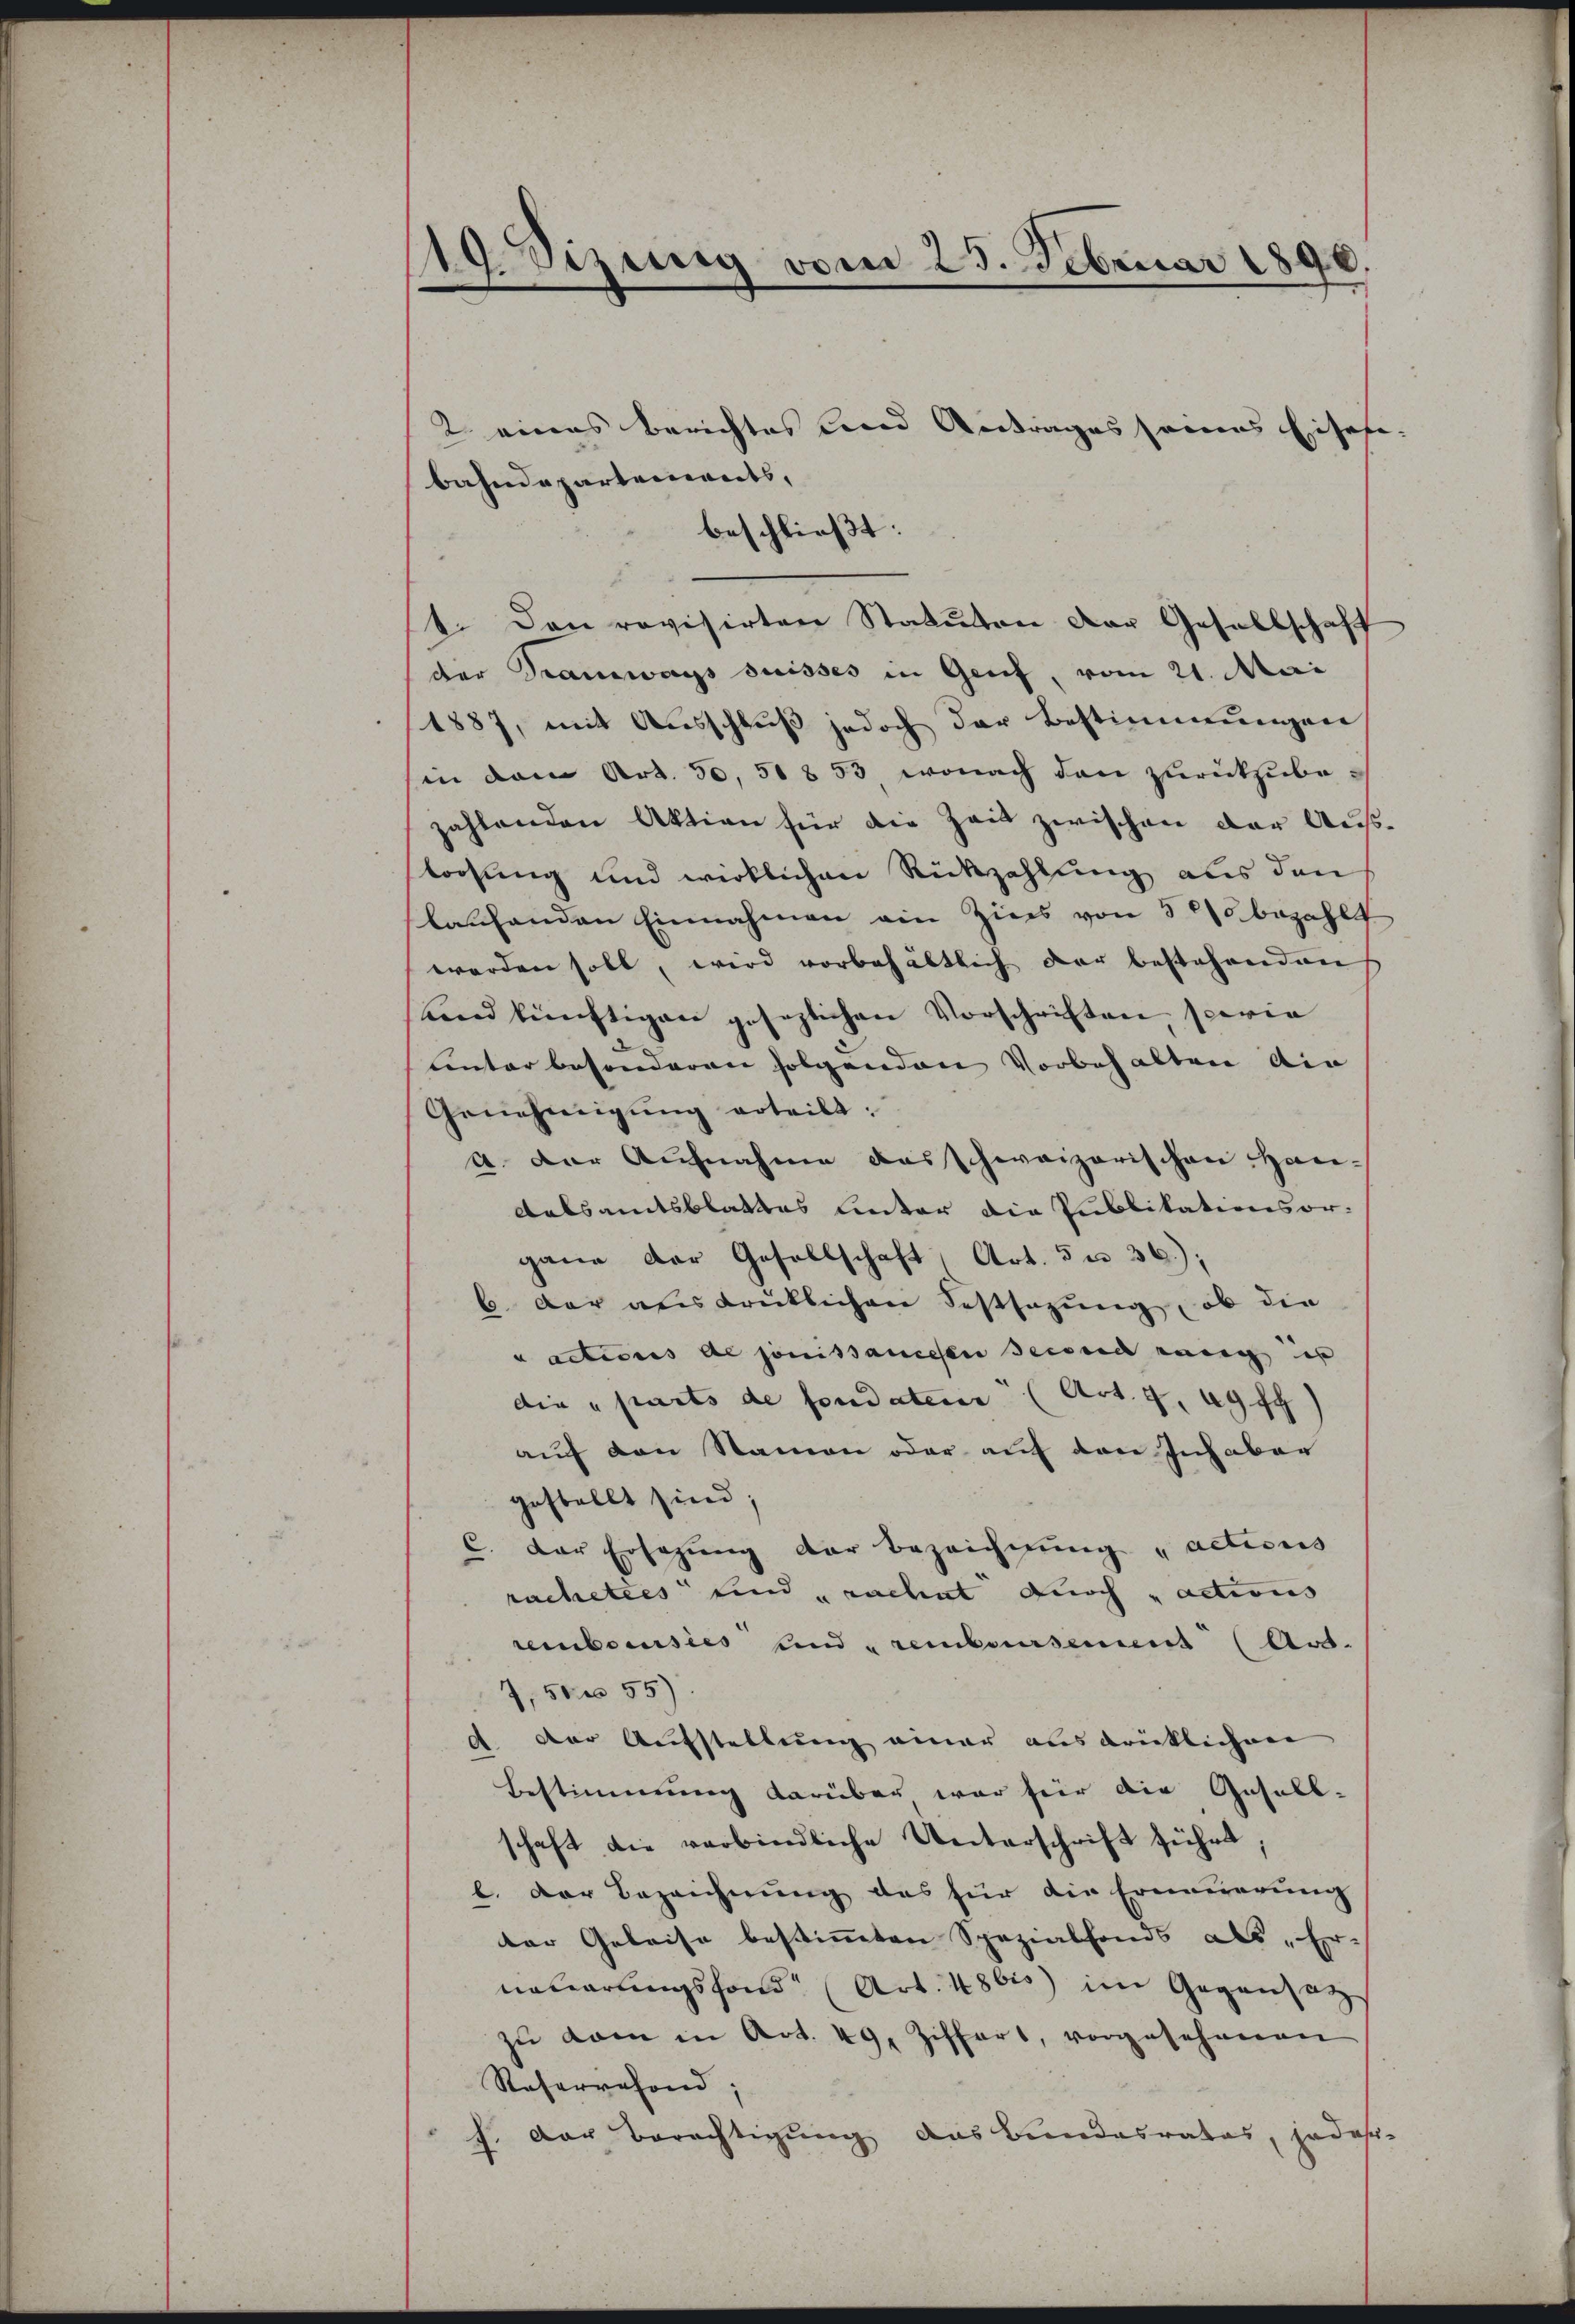
19. Sizung vom 25. Februar 1890.

2 eines Berichtes und Antrages seines Eisesi-
bahndepartements,
beschließt:
4. Den revisirten Statuten der Gesellschaft
der Tramways suisses in Genf, vom 21. Mai
1887, mit Ausschluß jedoch der Bestimmungen
in dem Art. 50, 518 53 wonach den zurückzube-
zahlenden Aktion für die Zeit zwischen der Ausloosung und wirklichen Rückzahlung aus den
laschenden Einnahmen ein Zins von 320 bezahlt
worden soll, wird vorbehältlich der bestehenden
Lnd künftigen gesezlichen Vorschriften, sowie
linter besonderen folgenden Vorbehalten die
Genehmigŭng erteilt:
A. Der Aufnahme das schweizerischen Han-
Rebsamtsblattes linter die Publikationsor-
gane der Gesellschaft (Art. 5 u. 36.);
6. Der ausdrücklichen Festsezung, ob die
adteres de jouissancesen Zürich rang is
die „parts de fondaten (Art. 4, 49 ff
auf den Namen oder auf den Inhaber
gestellt sind;
C. der Ersezung der Bezeichnung „actions
rachetees und „rachet durch „actions
remboursees und remboursement (Art.
7,5655)
d. Der Aufstellung einer ausdrücklichen
Bestimmung darüber war für die Gesell-
schaft die verbindliche Unterschrift führt,
l. Der Bezeichnung des für die Erneuerung
der Geleise bestimmten Spezialfonds als „Er-
nauerungsfond (Art. 48 bis im Gegensatz
zŭ dem in Art. 49. Ziffert, vorgesehenen
Referrechend;
f. Der Berechtigung das Bundesrates, jeder-